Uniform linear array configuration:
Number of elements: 48
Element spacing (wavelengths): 1
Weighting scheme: hamming
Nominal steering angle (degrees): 15
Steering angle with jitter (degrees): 14.865
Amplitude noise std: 0.05
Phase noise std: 0.05

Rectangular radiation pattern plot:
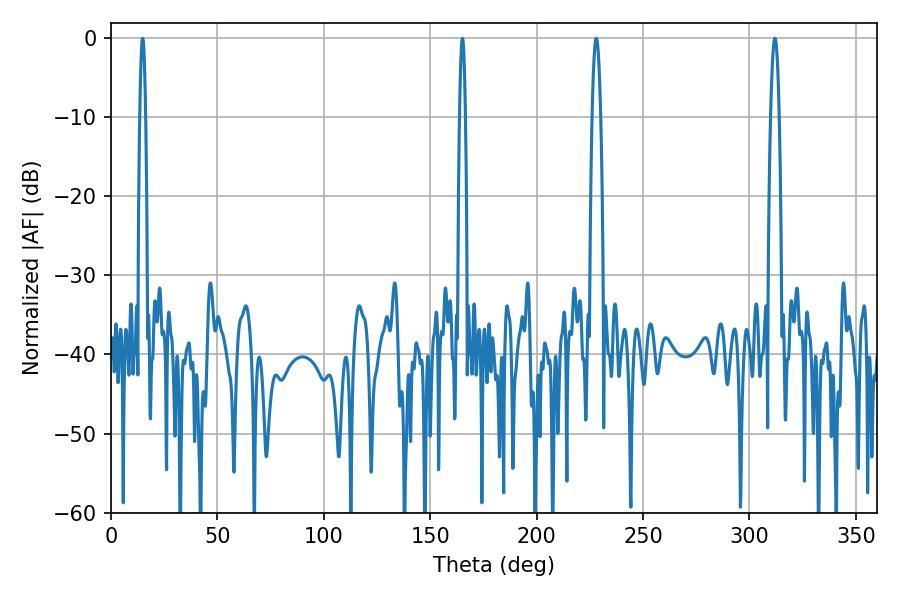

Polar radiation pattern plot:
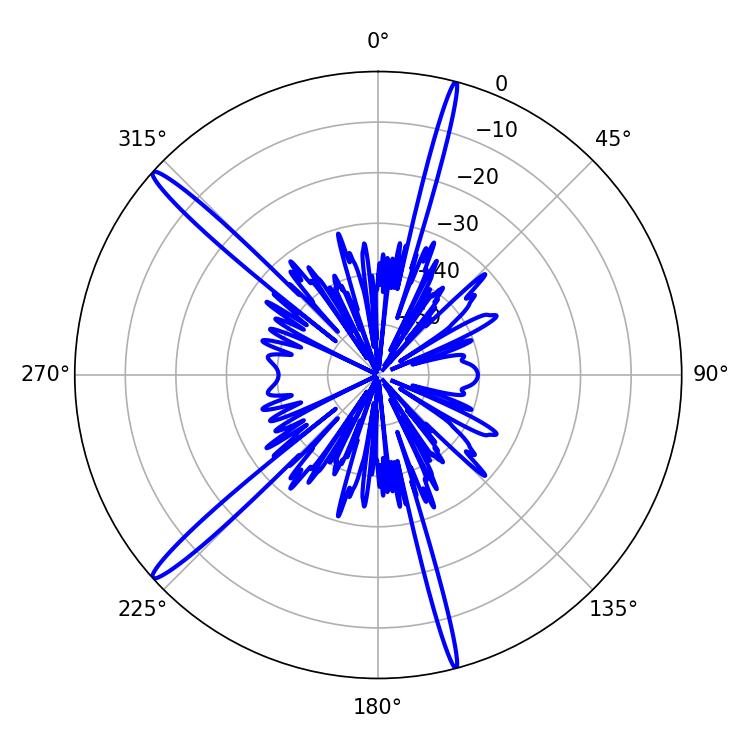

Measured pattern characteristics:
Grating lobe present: TRUE
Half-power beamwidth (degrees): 2.16
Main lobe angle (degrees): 311.94